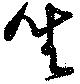
坐